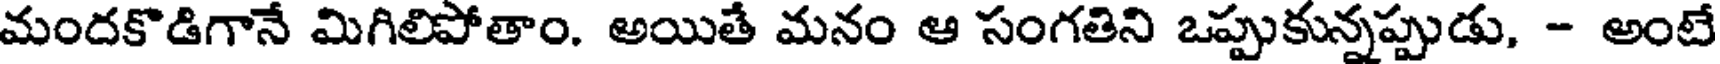
మందకొడిగానే మిగిలిపోతాం. అయితే మనం ఆ సంగతిని ఒప్పుకున్నప్పుడు, - అంటే